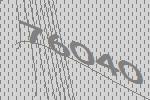
76040